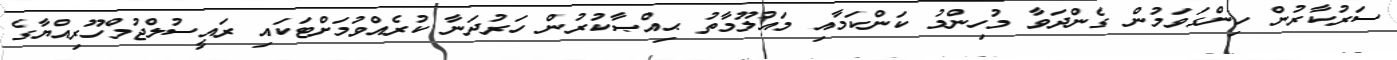
ސަރުކާރުން ހިންގަވަމުން ގެންދަވާ މުހިންމު ކަންކަމާއި މައުލޫމާތު ޙިއްޞާކުރުން ހަރުދަނާ ކުރެއްވުމަށްޓަކައި ރައީސުލްޖުމްހޫރިއްޔާގެ